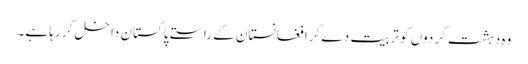
وہ دہشت گردوں کو تربیت دے کر افغانستان کے راستے پاکستان داخل کر رہا ہے۔